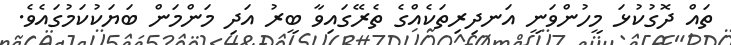
ތައް ދޮގުކުޅަ މީހުންވަނީ އަނދިރިތަކެއްގެ ތެރޭގައިވާ ބީރު އަދި މަންމަން ބަޔަކުކަމުގައެވެ.